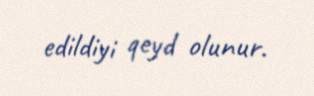
edildiyi qeyd olunur.